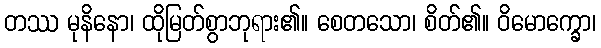
တဿ မုနိနော၊ ထိုမြတ်စွာဘုရား၏။ စေတသော၊ စိတ်၏။ ဝိမောက္ခော၊